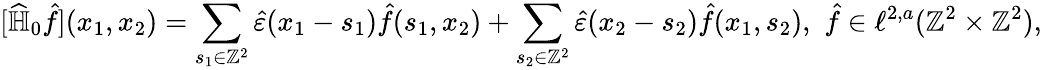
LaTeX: [\widehat{\mathbb{H}}_{0}\hat{f}](x_{1},x_{2})=\sum_{s_{1}\in\mathbb{Z}^{2}}\hat{\varepsilon}(x_{1}-s_{1})\hat{f}(s_{1},x_{2})+\sum_{s_{2}\in\mathbb{Z}^{2}}\hat{\varepsilon}(x_{2}-s_{2})\hat{f}(x_{1},s_{2}),\, \, \hat{f}\in\ell^{2,a}(\mathbb{Z}^{2}\times\mathbb{Z}^{2}),